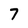
Character: 7